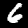
Label: 6